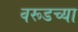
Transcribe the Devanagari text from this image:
वरूडच्या